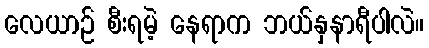
လေယာဉ် စီးရမဲ့ နေရာက ဘယ်နှနာရီပါလဲ။